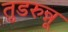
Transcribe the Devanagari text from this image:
तुडरुन्नू